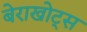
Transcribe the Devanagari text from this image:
बेराखोट्स